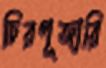
চিরপূজারি